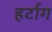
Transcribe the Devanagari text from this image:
हर्टाग